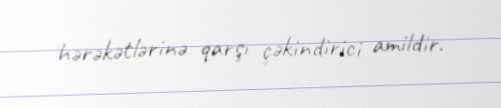
hərəkətlərinə qarşı çəkindirici amildir.